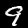
Label: 9